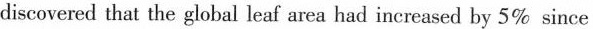
discovered that the global leaf area had increased by 5% since